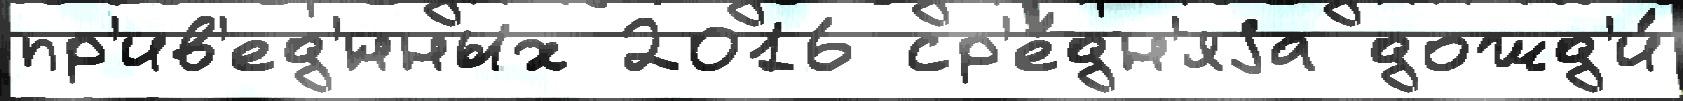
пр'ив'ед'́нных 2016 ср'е́дн'яjа дожд'и́